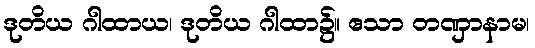
ဒုတိယ ဂါထာယ၊ ဒုတိယ ဂါထာ၌။ ဧသာ တဏှာနာမ၊